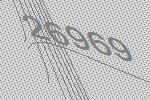
26969